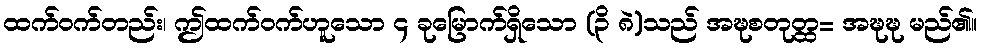
ထက်ဝက်တည်း၊ ဤထက်ဝက်ဟူသော ၄ ခုမြောက်ရှိသော (၃ိ ၈ဲ)သည် အဍ္ဎစတုတ္ထ= အဍ္ဎဍ္ဎ မည်၏။